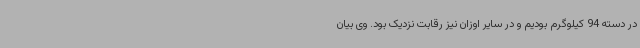
در دسته 94 کیلوگرم بودیم و در سایر اوزان نیز رقابت نزدیک بود. وی بیان